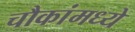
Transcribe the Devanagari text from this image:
चौकांमध्ये